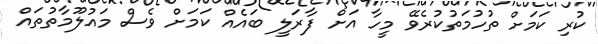
ކުރި ކަމަށް ތުހުމަތުކުރެވޭ މީހާ އަށް ފާރަލީ ބައެއް ކަމަށް ވެސް މައުލޫމާތުތައް